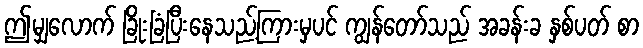
ဤမျှလောက် ခြိုးခြံပြီးနေသည့်ကြားမှပင် ကျွန်တော်သည် အခန်းခ နှစ်ပတ် စာ